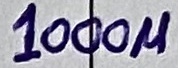
Text: 1000µ